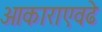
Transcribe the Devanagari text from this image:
आकाराएवढे